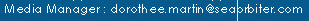
Media Manager:dorothee.martin@seaorbiter.com